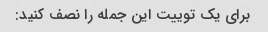
برای یک توییت این جمله را نصف کنید: